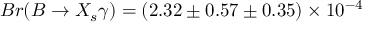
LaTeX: B r ( B \to X _ { s } \gamma ) = ( 2 . 3 2 \pm 0 . 5 7 \pm 0 . 3 5 ) \times 1 0 ^ { - 4 }